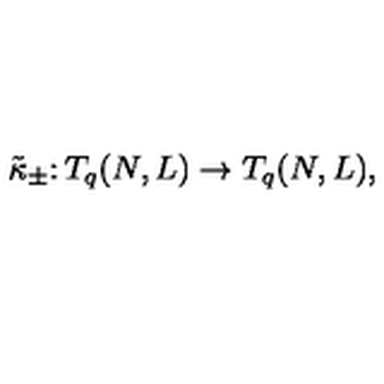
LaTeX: \tilde { \kappa } _ { \pm } \colon T _ { q } ( N , L ) \rightarrow T _ { q } ( N , L ) ,